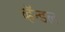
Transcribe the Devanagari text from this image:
व्हॅन्डल